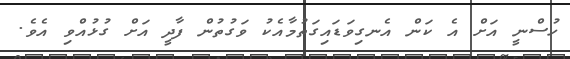
ހުސްނީ އަށް އެ ކަން އެނގިވަޑައިގަތުމާއެކު ވަގުތުން ފާދީ އަށް ގުޅުއްވި އެވެ.